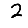
Digit: 2